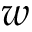
w